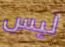
ليس